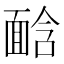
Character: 𩈣